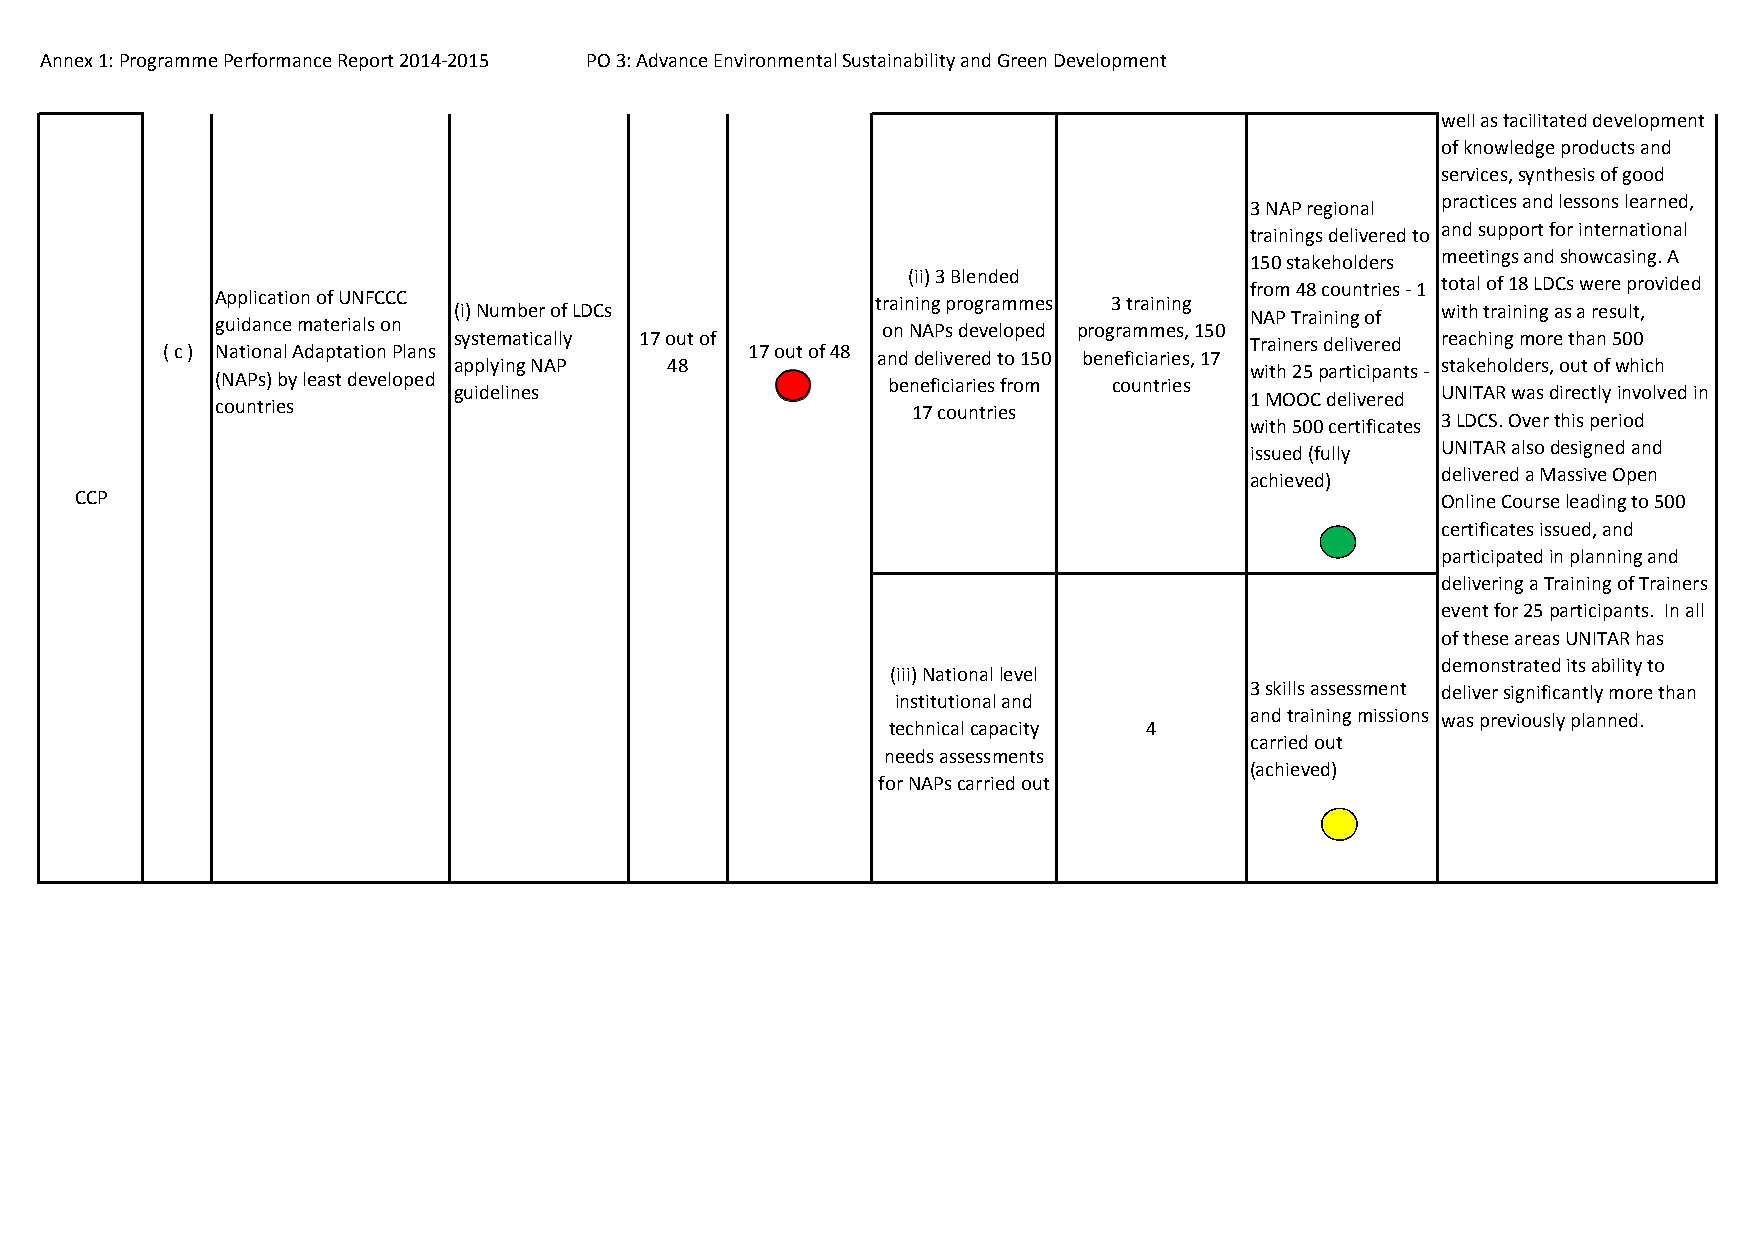
Annex 1: Programme Performance Report 2014‐2015 PO 3: Advance Environmental Sustainability and Green Development
 well as facilitated development
 of knowledge products and
 services, synthesis of good
 practices and lessons learned,
 3 NAP regional
 and support for international
 trainings delivered to
 meetings and showcasing. A
 150 stakeholders
 (ii) 3 Blended
 total of 18 LDCs were provided
 from 48 countries ‐ 1
 Application of UNFCCC                       training programmes 3 training
 (i) Number of LDCs                                               with training as a result,
 NAP Training of
 guidance materials on                       on NAPs developed programmes, 150
 systematically 17 out of                                         reaching more than 500
 Trainers delivered
 ( c ) National Adaptation Plans        17 out of 48 and delivered to 150 beneficiaries, 17
 applying NAP  48                                                 stakeholders, out of which
 with 25 participants ‐
 (NAPs) by least developed                    beneficiaries from countries
 guidelines                                                       UNITAR was directly involved in
 1 MOOC delivered
 countries                                     17 countries
 3 LDCS. Over this period
 with 500 certificates
 UNITAR also designed and
 issued (fully
 delivered a Massive Open
 achieved)
 CCP                                                                                       Online Course leading to 500
 certificates issued, and
 participated in planning and
 delivering a Training of Trainers
 event for 25 participants. In all
 of these areas UNITAR has
 demonstrated its ability to
 (iii) National level
 3 skills assessment deliver significantly more than
 institutional and
 and training missions was previously planned.
 technical capacity 4
 carried out
 needs assessments
 (achieved)
 for NAPs carried out